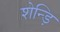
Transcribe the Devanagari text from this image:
शेन्ड़ि